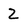
Character: 2